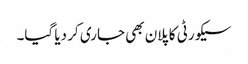
سیکورٹی کا پلان بھی جاری کر دیا گیا۔